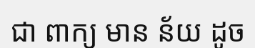
ជា ពាក្យ មាន ន័យ ដូច